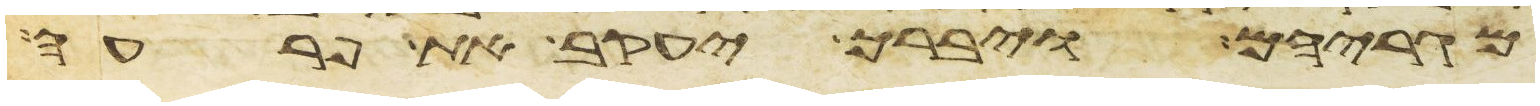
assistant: מגריהם ויברך יעקב את פרעה